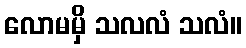
လောမမှိ သလလံ သလံ။